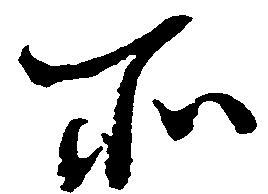
所